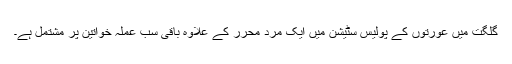
گلگت میں عورتوں کے پولیس سٹیشن میں ایک مرد محرر کے علاوہ باقی سب عملہ خواتین پر مشتمل ہے۔